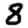
Digit: 8